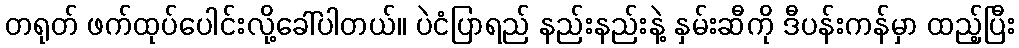
တရုတ် ဖက်ထုပ်ပေါင်းလို့ခေါ်ပါတယ်။ ပဲငံပြာရည် နည်းနည်းနဲ့ နှမ်းဆီကို ဒီပန်းကန်မှာ ထည့်ပြီး